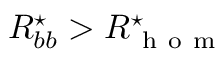
R _ { b b } ^ { \star } > R _ { \mathrm { ~ h ~ o ~ m ~ } } ^ { \star }